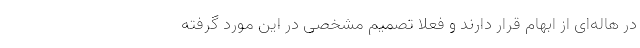
در هاله‌ای از ابهام قرار دارند و فعلا تصمیم مشخصی در این مورد گرفته